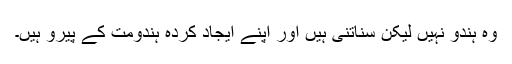
وہ ہندو نہیں لیکن سناتنی ہیں اور اپنے ایجاد کردہ ہندومت کے پیرو ہیں۔